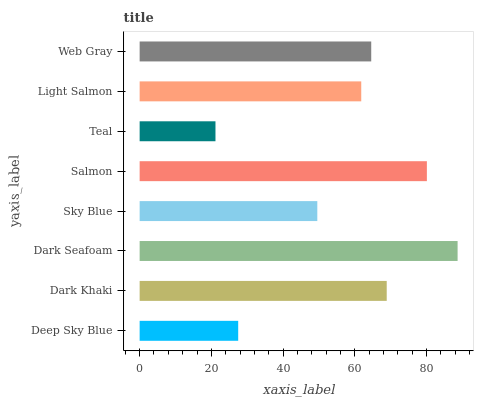
| yaxis_label | bars |
 | --- | --- |
 | Deep Sky Blue | 27.5 |
 | Dark Khaki | 68.9 |
 | Dark Seafoam | 88.7 |
 | Sky Blue | 49.5 |
 | Salmon | 80.1 |
 | Teal | 21.1 |
 | Light Salmon | 61.8 |
 | Web Gray | 64.6 |